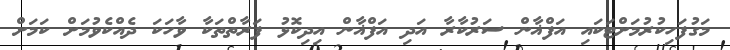
މަގުފަހިކުރުމަށްޓަކައި އަފްޣާން ސަރުކާރާ އަދި އަފްޣާން އިދިކޮޅު ފަރާތްތަކާ ވާހަކަ ދެއްކެވުމަށް ކަމަށް